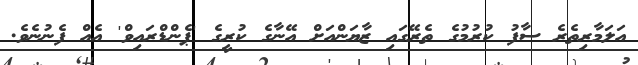
އަލަމާރިތެރެ ސާފު ކުރުމުގެ ތެރޭގައި ޒާޔަންއަށް އޭނާގެ ކުރީގެ 'ޕެންޑްރައިވް' އެއް ފެނުނެވެ.